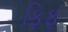
ફિફ